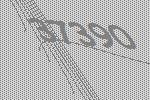
37390